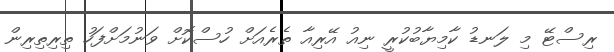
ރިސްޓޭ މި ލަނޑު ކާމިޔާބުކުރީ ނިއު އޭރިއާ ތެރެއަށް ހުސްކޮށް ވަނުމަށްފަހު ތިރިތިރިން